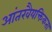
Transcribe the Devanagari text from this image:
आंतरवैयक्तिकता